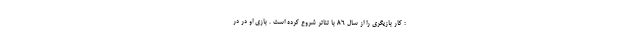
: کار بازیگری را از سال 86 با تئاتر شروع کرده است . بازی او در در